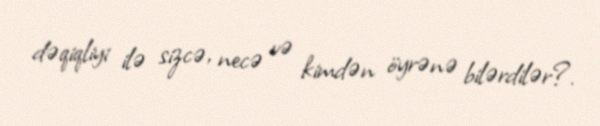
dəqiqliyi ilə sizcə, necə və kimdən öyrənə bilərdilər?.